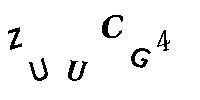
ZUUCG4